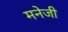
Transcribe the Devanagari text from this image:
मनेजी